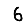
Digit: 6